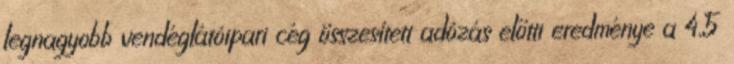
legnagyobb vendéglátóipari cég összesített adózás előtti eredménye a 4,5